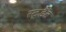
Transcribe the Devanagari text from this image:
स्टूडैंट